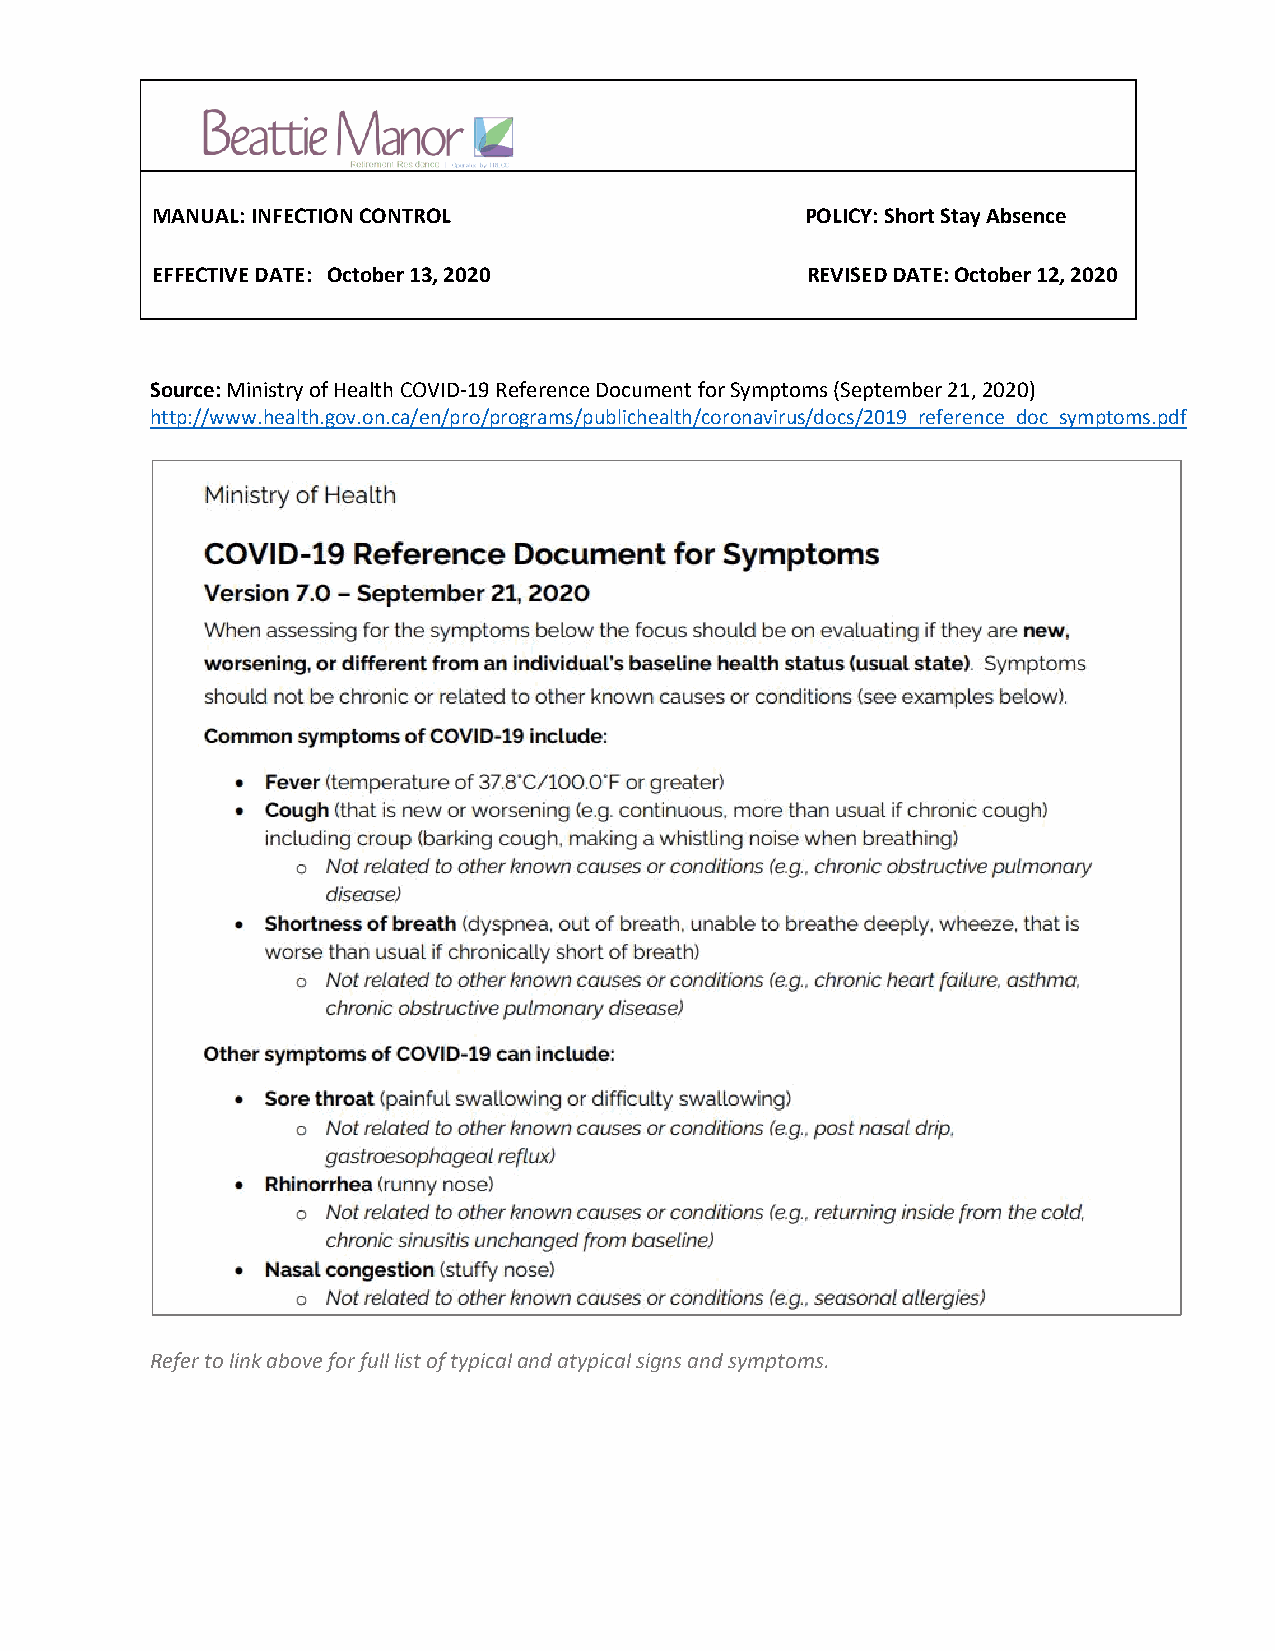
MANUAL: INFECTION CONTROL                  POLICY: Short Stay Absence
 EFFECTIVE DATE: October 13, 2020           REVISED DATE: October 12, 2020
 Source: Ministry of Health COVID-19 Reference Document for Symptoms (September 21, 2020)
 http://www.health.gov.on.ca/en/pro/programs/publichealth/coronavirus/docs/2019_reference_doc_symptoms.pdf
 Refer to link above for full list of typical and atypical signs and symptoms.